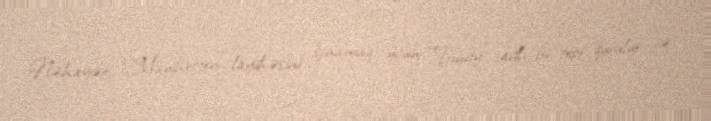
Nəhayət, "Manhetten" layihəsini sınamaq üçün “Trinity” adlı bir test qurulur və